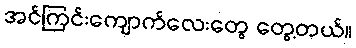
အင်ကြင်းကျောက်လေးတွေ တွေ့တယ်။